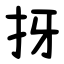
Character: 㧎